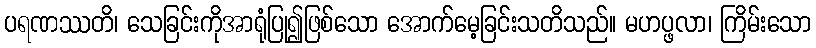
ပရဏဿတိ၊ သေခြင်းကိုအာရုံပြု၍ဖြစ်သော အောက်မေ့ခြင်းသတိသည်။ မဟပ္ဖလာ၊ ကြိမ်းသော